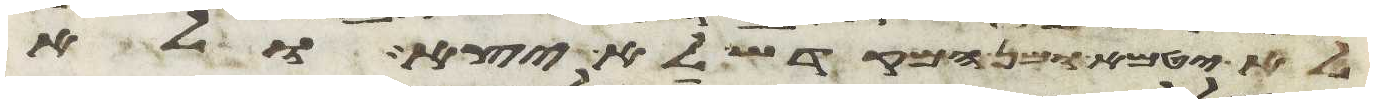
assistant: לא יטמא ומן המקדש לא יצא ולא